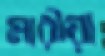
মারীয়া